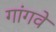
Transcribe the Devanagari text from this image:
गांगवे